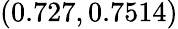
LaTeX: (0.727,0.7514)